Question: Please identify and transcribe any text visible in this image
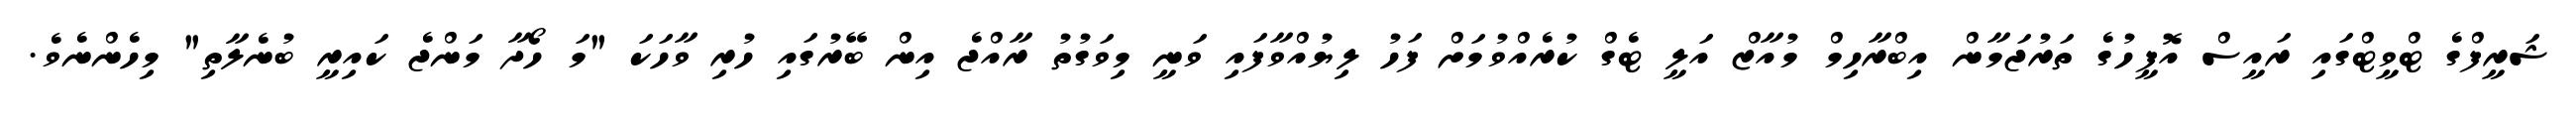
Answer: ޝަރީފްގެ ޓްވީޓްގައި ރައީސް އޮފީހުގެ ތަރުޖަމާން އިބްރާހިމް މުއާޒް އަލީ ޓެގް ކުރެއްވުމަށް ފަހު ލިޔުއްވާފައި ވަނީ މިވަގުތު ރާއްޖެ އިން ބޭރުގައި ހުރި ވާހަކަ "މަ ހޯދާ މަންޖެ ކައިރީ ބުނެލާތި" މިހެންނެވެ.